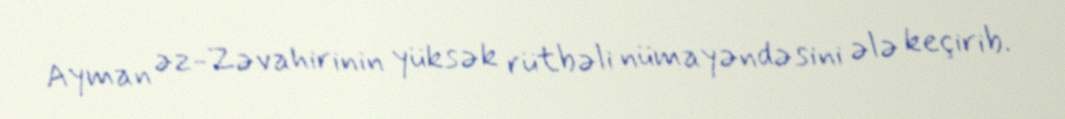
Ayman əz-Zəvahirinin yüksək rütbəli nümayəndəsini ələ keçirib.